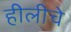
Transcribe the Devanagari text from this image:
हीलीचे